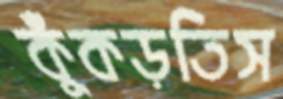
কুঁকড়তিস